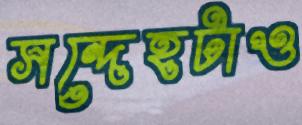
সন্দেহটাও